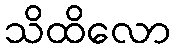
သိထိလော